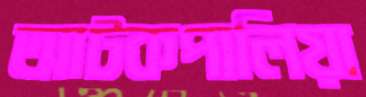
আটকপালিয়া